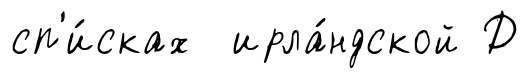
сп'и́сках ирла́ндской Д